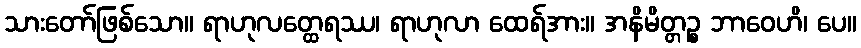
သားတော်ဖြစ်သော။ ရာဟုလတ္ထေရဿ၊ ရာဟုလာ ထေရ်အား။ အနိမိတ္တဉ္စ ဘာဝေဟိ၊ ပေ။